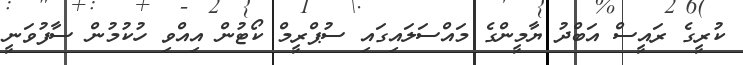
ކުރީގެ ރައީސް އަބްދު ޔާމީންގެ މައްސަލައިގައި ސުޕްރީމް ކޯޓުން އިއްވި ހުކުމުން ސާފުވަނީ